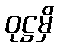
ဝုဋ္ဌမှိ